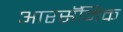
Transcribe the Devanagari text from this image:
आरसॅनिक